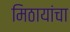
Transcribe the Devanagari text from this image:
मिठायांचा